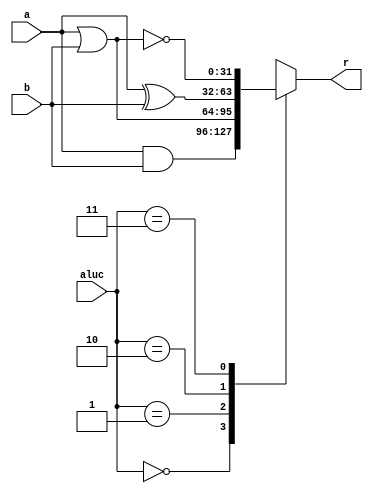
`timescale 1ns / 1ps

module and_or_xor_nor(a,b,aluc,r);
    input [31:0] a;
    input [31:0] b;
    input [1:0] aluc;//aluc[1:0]
    output [31:0] r;
    
    wire [31:0]r_and;
    assign r_and=a&b;
    wire [31:0]r_or;
    assign r_or=a|b;
    wire [31:0]r_xor;
    assign r_xor=a^b;
    wire [31:0]r_nor;
    assign r_nor=~(a|b);
    
    reg [31:0] r_out;
    assign r=r_out;
    
    always @(a or b or aluc) begin
    case(aluc)
    2'b00:r_out=r_and;
    2'b01:r_out=r_or;
    2'b10:r_out=r_xor;
    2'b11:r_out=r_nor;
    endcase
    end
    
endmodule